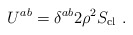
\begin{align*}U^{ab} = \delta^{ab} 2 \rho^2 S_{\rm cl} \ .\end{align*}